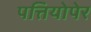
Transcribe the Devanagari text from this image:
पत्तियोपेर